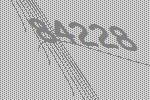
84228